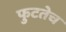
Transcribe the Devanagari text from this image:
फुटतेच